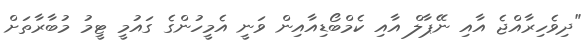
"ދިވެހިރާއްޖެ އާއި ނޭޕާލް އާއި ކެމްބޯޑިއާއިން ވަނީ އެމީހުންގެ ގައުމީ ޓީމު މުބާރާތަށް